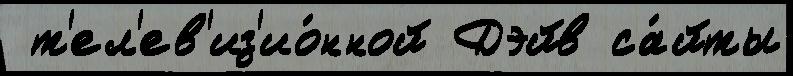
 т'ел'ев'из'ио́нной Дэйв са́йты